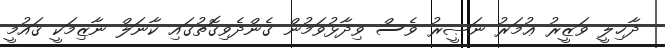
ދާޚިލީ ވަޒީރު ޢުމަރު ނަޞީރު ވެސް ވިދާޅުވަމުން ގެންދެވިގޮތުގައި ކާނަލް ނާޒިމަކީ ޤައުމީ